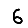
Digit: 6